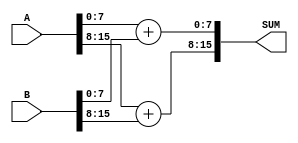
/**************************************************************************
 *  16bit adder                                                            *
 *  Written by: S. H. Kang                                                *
 **************************************************************************/
`ifndef i_ap_adder
`define i_ap_adder
module i_ap_adder (A, B, SUM);

input   [15:0]  A, B;
output  [15:0]  SUM;

wire [8:0] SL = A[7:0] + B[7:0];
// wire [8:0] SH = A[15:8] + B[15:8] + A[0];
wire [8:0] SH = A[15:8] + B[15:8];



assign SUM  = {SH[7:0],SL[7:0]};

endmodule

`endif